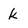
Character: k